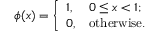
\phi ( x ) = \left\{ \begin{array} { l l } { 1 , } & { 0 \leq x < 1 ; } \\ { 0 , } & { \mathrm { o t h e r w i s e . } } \end{array} \right.